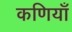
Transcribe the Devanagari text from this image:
कणियाँ